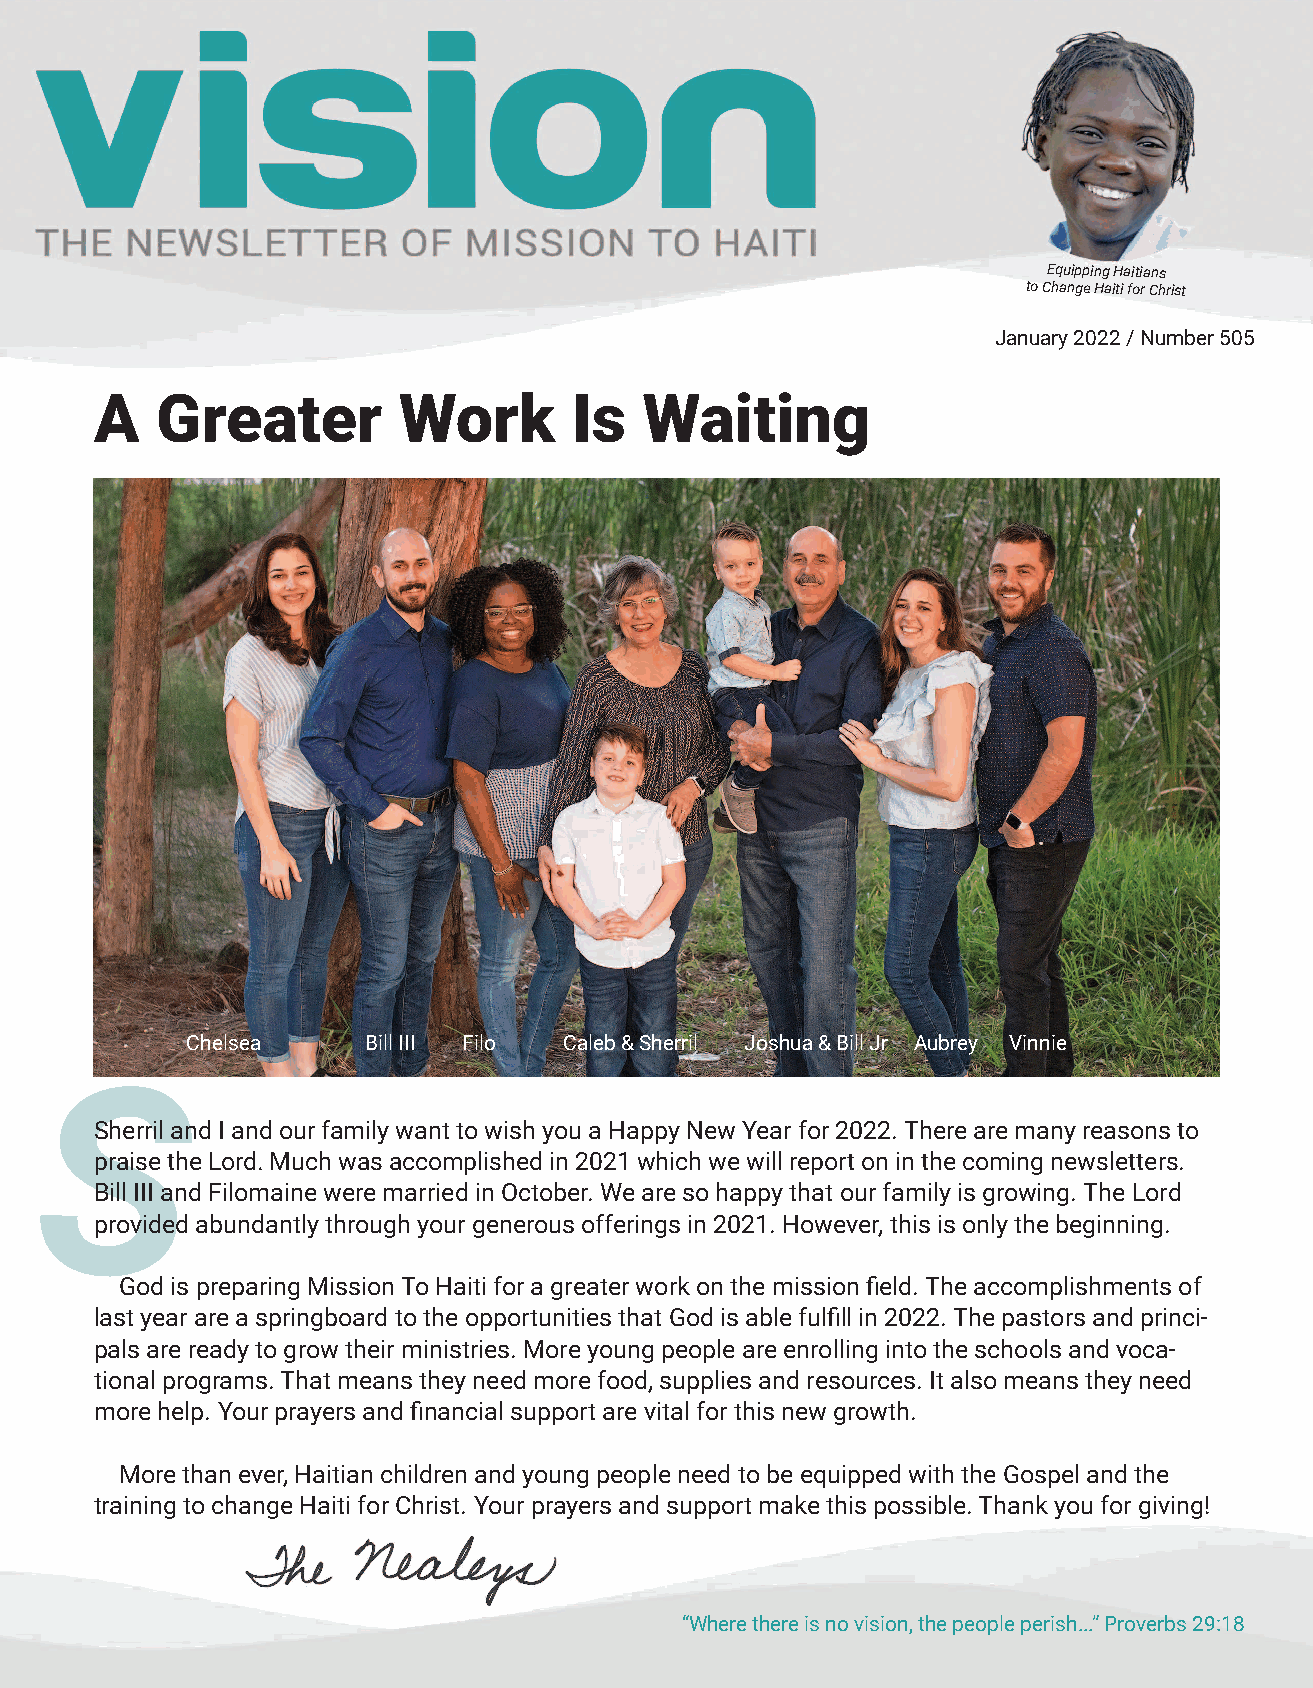
Equipping Haitians
 to Change Haiti for Christ
 January 2022 / Number 505
 A   Greater         Work        Is   Waiting
 Chelsea     Bill III Filo Caleb & Sherril Joshua & Bill Jr Aubrey Vinnie
 S
 Sherril and I and our family want to wish you a Happy New Year for 2022. There are many reasons to
 praise the Lord. Much was accomplished in 2021 which we will report on in the coming newsletters.
 Bill III and Filomaine were married in October. We are so happy that our family is growing. The Lord
 provided abundantly through your generous offerings in 2021. However, this is only the beginning.
 God is preparing Mission To Haiti for a greater work on the mission field. The accomplishments of
 last year are a springboard to the opportunities that God is able fulfill in 2022. The pastors and princi-
 pals are ready to grow their ministries. More young people are enrolling into the schools and voca-
 tional programs. That means they need more food, supplies and resources. It also means they need
 more help. Your prayers and financial support are vital for this new growth.
 More than ever, Haitian children and young people need to be equipped with the Gospel and the
 training to change Haiti for Christ. Your prayers and support make this possible. Thank you for giving!
 “Where there is no vision, the people perish...” Proverbs 29:18